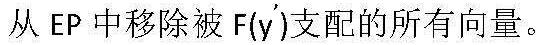
从 $\mathrm{EP}$ 中移除被 $\mathrm{F}(\mathrm{y}')$ 支配的所有向量。